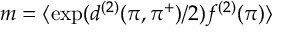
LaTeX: m = \langle \exp ( d ^ { ( 2 ) } ( \pi , \pi ^ { + } ) / 2 ) f ^ { ( 2 ) } ( \pi ) \rangle